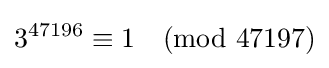
3^{47196}\equiv 1{\pmod {47197}}